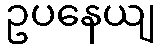
ဥပနေယျ